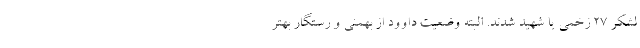
لشکر ۲۷ زخمی یا شهید شدند. البته وضعیت داوود از بهمنی و رستگار بهتر